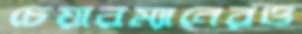
চেয়ারম্যানেরও